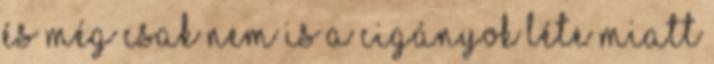
és még csak nem is a cigányok léte miatt